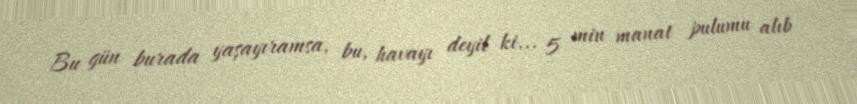
Bu gün burada yaşayıramsa, bu, havayı deyil ki... 5 min manat pulumu alıb